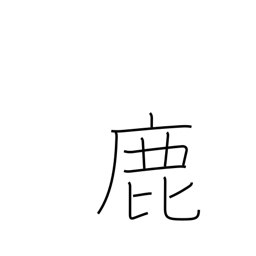
Meaning: deer